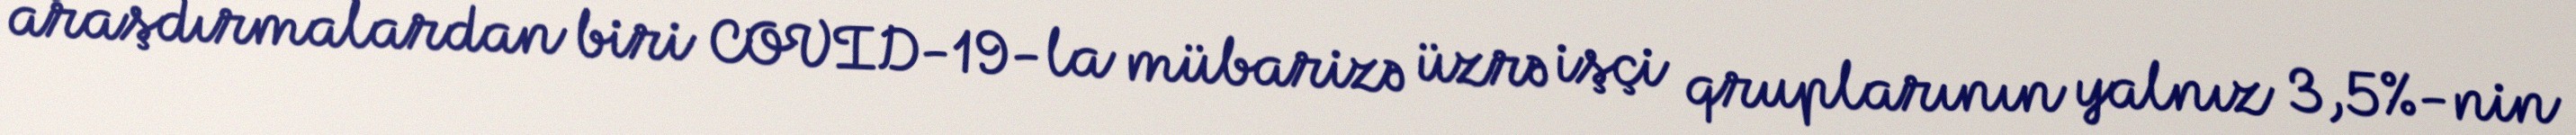
araşdırmalardan biri COVID-19-la mübarizə üzrə işçi qruplarının yalnız 3,5%-nin